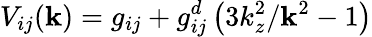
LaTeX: V_{ij}(\mathbf{k})=g_{ij}+g_{ij}^{d}\left(3k_{z}^{2}/\mathbf{k}^{2}-1\right)